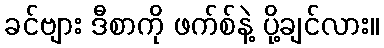
ခင်ဗျား ဒီစာကို ဖက်စ်နဲ့ ပို့ချင်လား။